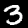
Label: 3